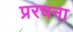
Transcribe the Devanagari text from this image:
प्ररचना